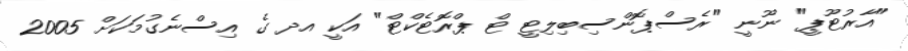
"އާރުޓޫޕީ" ނޫނީ "ރެސްޕޮންސިބިލިޓީ ޓް ޕްރޮޓެކްޓް" އަކީ އދ ގެ އިސްނެގުމަކަށް 2005